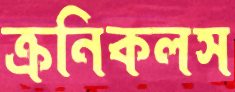
ক্রনিকলস